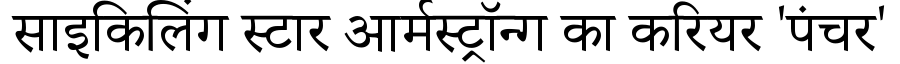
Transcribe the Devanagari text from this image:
साइकिलिंग स्टार आर्मस्ट्रॉन्ग का करियर 'पंचर'